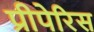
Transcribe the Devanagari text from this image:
प्रीपेरिस